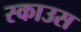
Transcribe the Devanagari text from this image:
स्काउस